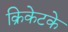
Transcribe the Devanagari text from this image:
क्रिकेटके